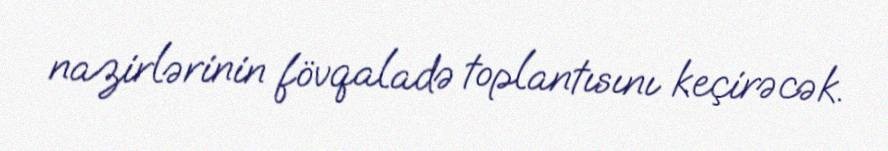
nazirlərinin fövqaladə toplantısını keçirəcək.